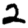
Digit: 2